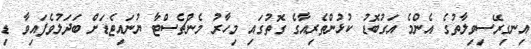
އިނގިރޭސިވިލާތުގެ އެންމެ އަގުބޮޑު ކުޅުންތެރިއާގެ ގޮތުގައި މިހާރު މެންޗެސްޓާ ޔުނައިޓެޑަށް ބަދަލުވެފައިވާ ޑި